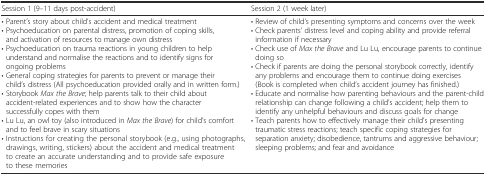
<table><thead><tr><td><b>Session 1 (9–11 days post-accident)</b></td><td><b>Session 2 (1 week later)</b></td></tr></thead><tbody><tr><td>• Parent’s story about child’s accident and medical treatment• Psychoeducation on parental distress, promotion of coping skills, and activation of resources to manage own distress• Psychoeducation on trauma reactions in young children to help understand and normalise the reactions and to identify signs for ongoing problems• General coping strategies for parents to prevent or manage their child’s distress (All psychoeducation provided orally and in written form.)• Storybook <i>Max the Brave</i>; help parents talk to their child about accident-related experiences and to show how the character successfully copes with them• Lu Lu, an owl toy (also introduced in <i>Max the Brave</i>) for child’s comfort and to feel brave in scary situations• Instructions for creating the personal storybook (e.g., using photographs, drawings, writing, stickers) about the accident and medical treatment to create an accurate understanding and to provide safe exposure to these memories</td><td>• Review of child’s presenting symptoms and concerns over the week• Check parents’ distress level and coping ability and provide referral information if necessary• Check use of <i>Max the Brave</i> and Lu Lu, encourage parents to continue doing so• Check if parents are doing the personal storybook correctly, identify any problems and encourage them to continue doing exercises (Book is completed when child’s accident journey has finished.)• Educate and normalise how parenting behaviours and the parent-child relationship can change following a child’s accident; help them to identify any unhelpful behaviours and discuss goals for change• Teach parents how to effectively manage their child’s presenting traumatic stress reactions; teach specific coping strategies for separation anxiety; disobedience, tantrums and aggressive behaviour; sleeping problems; and fear and avoidance</td></tr></tbody></table>